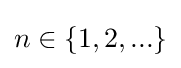
n\in \{1,2,...\}